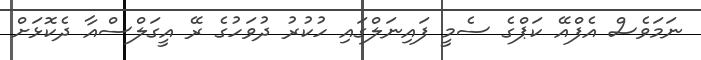
ނަމަވެސް އެފްއޭ ކަޕްގެ ސެމީ ފައިނަލްގައި ހުކުރު ދުވަހުގެ ރޭ އީގަލްސްއާ ދެކޮޅަށް